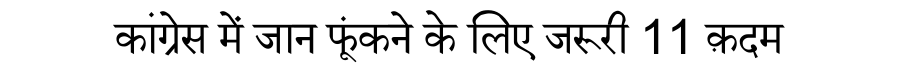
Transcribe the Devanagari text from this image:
कांग्रेस में जान फूंकने के लिए जरूरी 11 क़दम